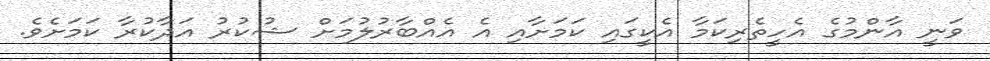
ވަނީ އާންމުގެ އެހީތެރިކަމާ އެކީގައި ކަމަށާއި އެ އެއްބާރުލުމަށް ޝުކުރު އަދާކުރާ ކަމަށެވެ.